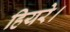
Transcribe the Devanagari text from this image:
हियरे।